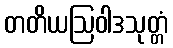
တတိယဩဝါဒသုတ္တံ